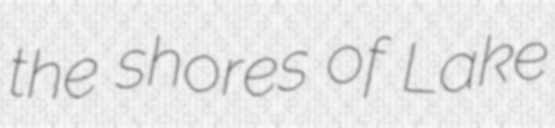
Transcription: the shores of Lake